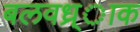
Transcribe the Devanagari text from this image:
बलवध्र्ाक